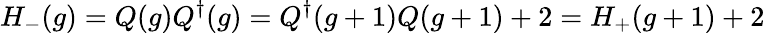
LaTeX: H_{-}(g)=Q(g)Q^{\dagger}(g)=Q^{\dagger}(g+1)Q(g+1)+2=H_{+}(g+1)+2